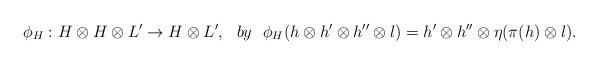
LaTeX: \begin{align*} \phi_{H}:H\otimes H\otimes L'\rightarrow H\otimes L', \ \ by \ \ \phi_{H}(h\otimes h'\otimes h''\otimes l)=h'\otimes h''\otimes \eta(\pi (h)\otimes l).\end{align*}